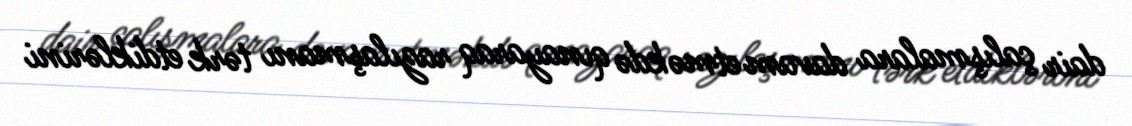
dair çalışmalara davam etməkdə qınayaraq razılaşmanı tərk etdiklərini